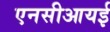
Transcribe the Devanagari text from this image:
एनसीआयई